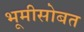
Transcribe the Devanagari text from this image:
भूमीसोबत